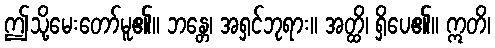
ဤသို့မေးတော်မူ၏။ ဘန္တေ၊ အရှင်ဘုရား။ အတ္ထိ၊ ရှိပေ၏။ ဣတိ၊